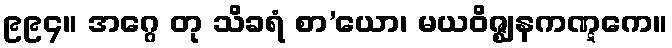
၉၉၄။ အဂ္ဂေ တု သိခရံ စာ’ယော၊ မယဝိဇ္ဈနကဏ္ဋကေ။